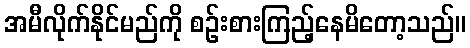
အမီလိုက်နိုင်မည်ကို စဉ်းစားကြည့်နေမိတော့သည်။